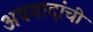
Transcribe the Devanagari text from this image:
अपवादांची